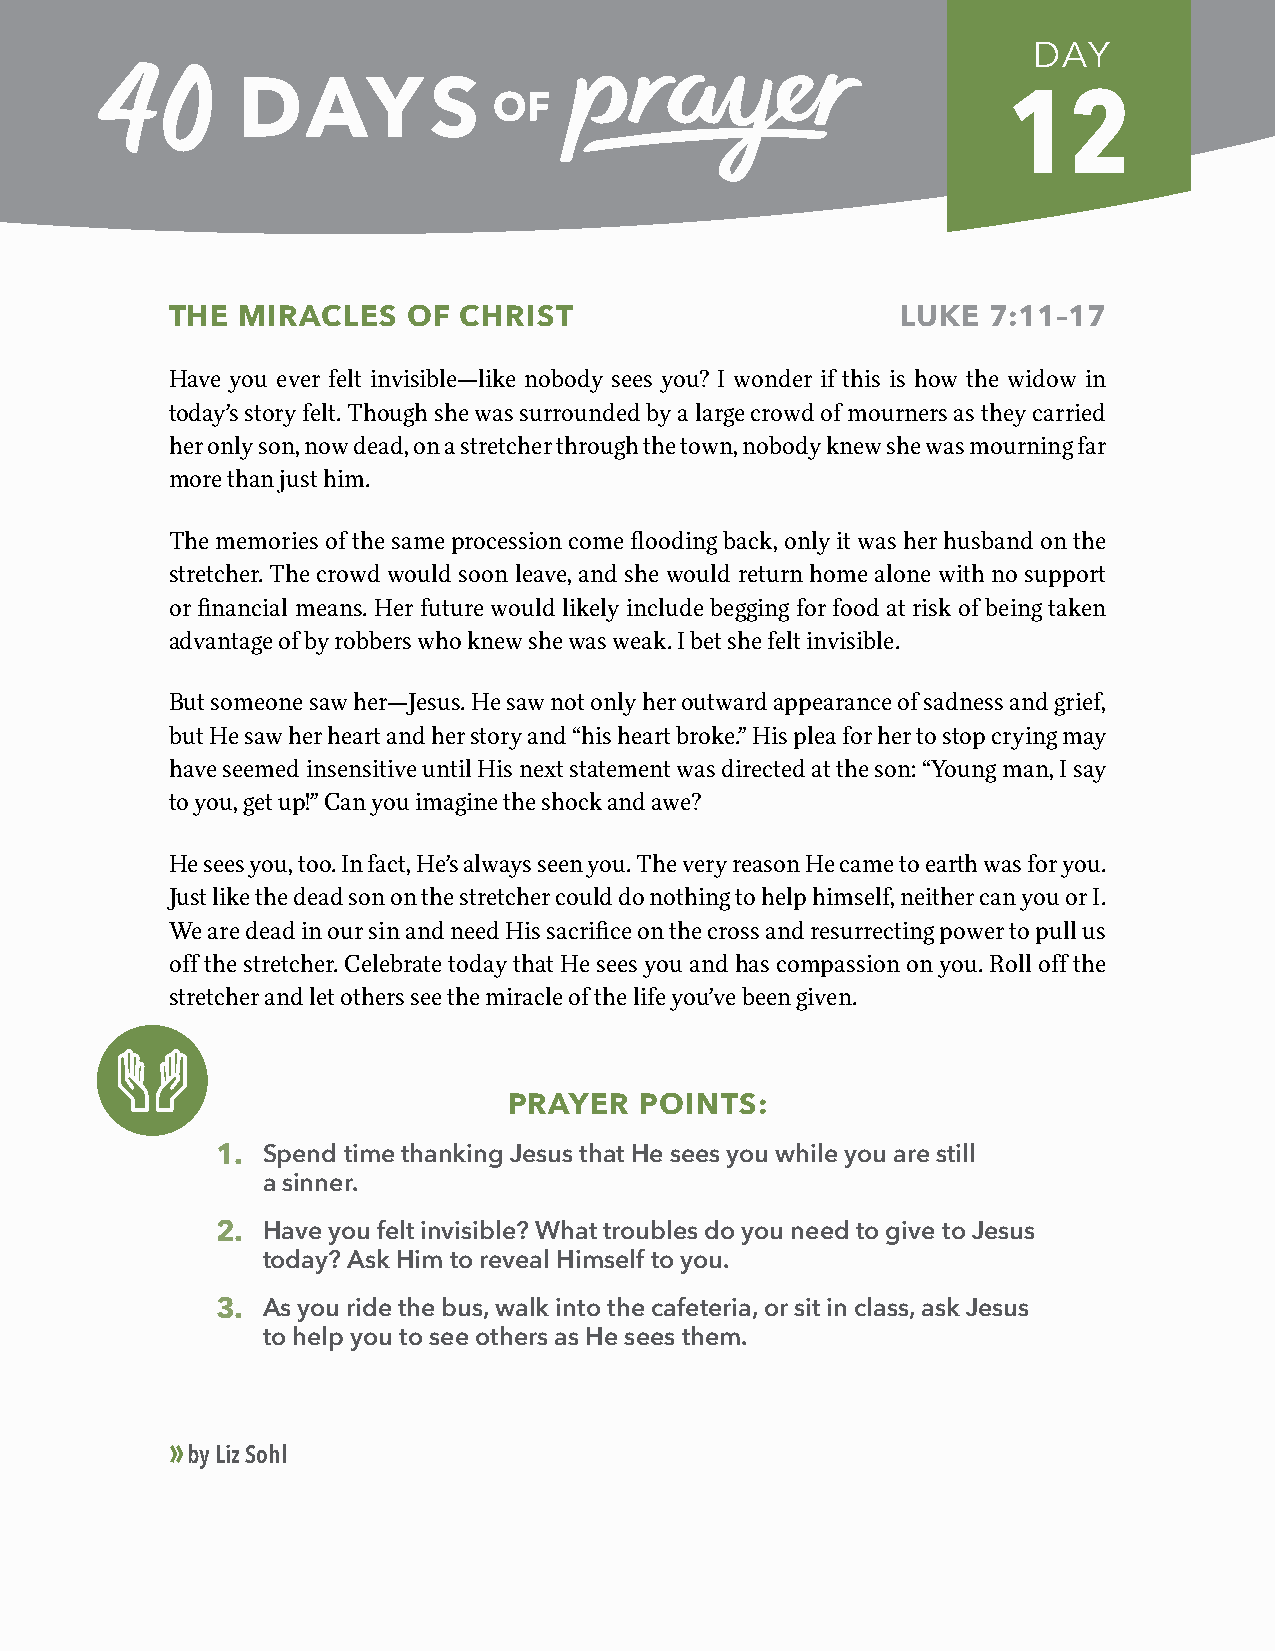
DAY
 12
 THE  MIRACLES   OF CHRIST                        LUKE  7:11–17
 Have you ever felt invisible—like nobody sees you? I wonder if this is how the widow in
 today’s story felt. Though she was surrounded by a large crowd of mourners as they carried
 her only son, now dead, on a stretcher through the town, nobody knew she was mourning far
 more than just him.
 The memories of the same procession come flooding back, only it was her husband on the
 stretcher. The crowd would soon leave, and she would return home alone with no support
 or financial means. Her future would likely include begging for food at risk of being taken
 advantage of by robbers who knew she was weak. I bet she felt invisible.
 But someone saw her—Jesus. He saw not only her outward appearance of sadness and grief,
 but He saw her heart and her story and “his heart broke.” His plea for her to stop crying may
 have seemed insensitive until His next statement was directed at the son: “Young man, I say
 to you, get up!” Can you imagine the shock and awe?
 He sees you, too. In fact, He’s always seen you. The very reason He came to earth was for you.
 Just like the dead son on the stretcher could do nothing to help himself, neither can you or I.
 We are dead in our sin and need His sacrifice on the cross and resurrecting power to pull us
 off the stretcher. Celebrate today that He sees you and has compassion on you. Roll off the
 stretcher and let others see the miracle of the life you’ve been given.
 PRAYER  POINTS:
 1. Spend time thanking Jesus that He sees you while you are still
 a sinner.
 2. Have you felt invisible? What troubles do you need to give to Jesus
 today? Ask Him to reveal Himself to you.
 3. As you ride the bus, walk into the cafeteria, or sit in class, ask Jesus
 to help you to see others as He sees them.
 »
 by Liz Sohl